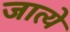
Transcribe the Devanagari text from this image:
जात्ये